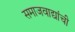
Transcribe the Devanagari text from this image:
समाजवाद्यांची